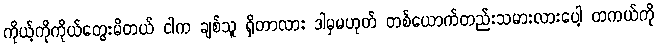
ကိုယ့်ကိုကိုယ်တွေးမိတယ် ငါက ချစ်သူ ရှိတာလား ဒါမှမဟုတ် တစ်ယောက်တည်းသမားလားပေါ့ တကယ်ကို